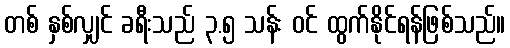
တစ် နှစ်လျှင် ခရီးသည် ၃.၅ သန်း ဝင် ထွက်နိုင်ရန်ဖြစ်သည်။